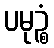
ပမုဉ္စံ